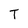
Character: T